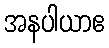
အနပါယာဧ